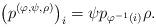
LaTeX: \begin{align*}\left(p^{(\varphi,\psi,\rho)}\right)_i=\psi p_{\varphi^{-1}(i)}\rho.\end{align*}